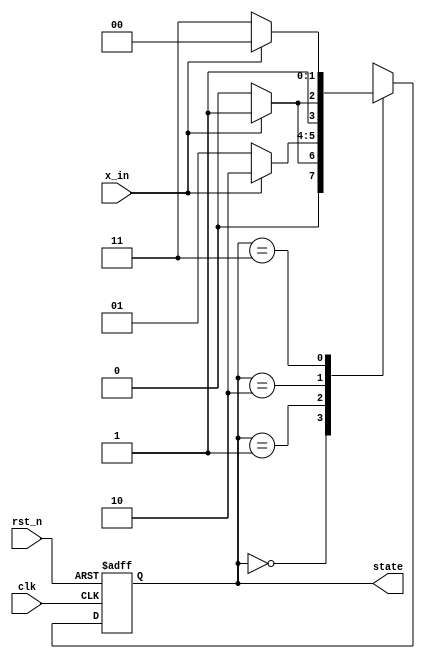
module moore_1b(input clk, rst_n, x_in, output[1:0] state);

reg [1:0] state;
parameter S0 = 2'b00, S1 = 2'b01, S2 = 2'b10, S3 = 2'b11;
always @(posedge clk, negedge rst_n) begin
    if (~rst_n)
        state <= S0;
    else
    case (state)
        S0: if (x_in) state <= S1; else state <= S0;
        S1: if (x_in) state <= S2; else state <= S1;
        S2: if (x_in) state <= S3; else state <= S2;
        S3: if (x_in) state <= S0; else state <= S3;
    endcase
end

endmodule